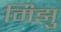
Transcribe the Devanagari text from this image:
मिझु